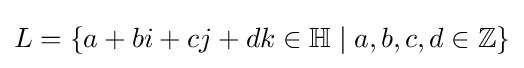
L=\left\{a+bi+cj+dk\in \mathbb {H} \mid a,b,c,d\in \mathbb {Z} \right\}